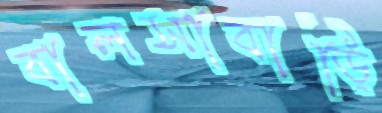
বালসাবাড়ি